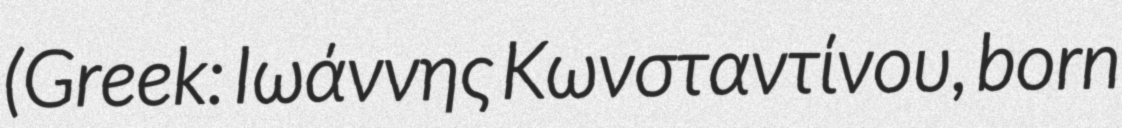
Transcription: (Greek: Ιωάννης Κωνσταντίνου, born